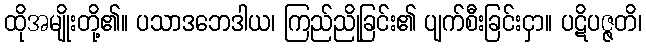
ထိုအမျိုးတို့၏။ ပသာဒဘေဒါယ၊ ကြည်ညိုခြင်း၏ ပျက်စီးခြင်းငှာ။ ပဋိပဇ္ဇတိ၊